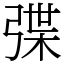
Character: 弽